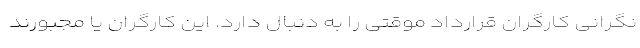
نگرانی کارگرانِ قرارداد موقتی را به دنبال دارد. این کارگران یا مجبورند